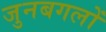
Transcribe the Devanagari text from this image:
जुनबगलों